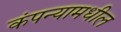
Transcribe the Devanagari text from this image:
कंपन्यामधील